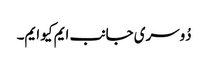
دُوسری جانب ایم کیو ایم۔